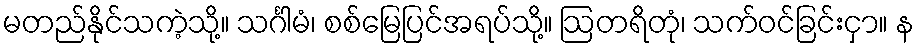
မတည်နိုင်သကဲ့သို့။ သင်္ဂါမံ၊ စစ်မြေပြင်အရပ်သို့။ ဩတရိတုံ၊ သက်ဝင်ခြင်းငှာ။ န